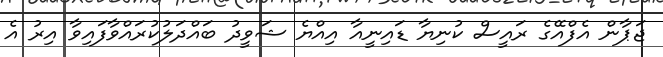
ޖަޕާން އެފްއޭގެ ރައީސް ކުނިޔާ ޑައިނީއާ އިއްޔެ ޝަވީދު ބައްދަލުކުރައްވާފައިވާ އިރު އެ